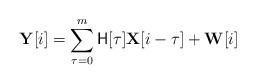
LaTeX: \begin{align*}{\bf{Y}}[i] = \sum\limits_{\tau = 0}^{m} {{{\mathsf{H}}}[\tau]{{\bf{X}}}[i - \tau]} + {\bf{W}}[i] \end{align*}